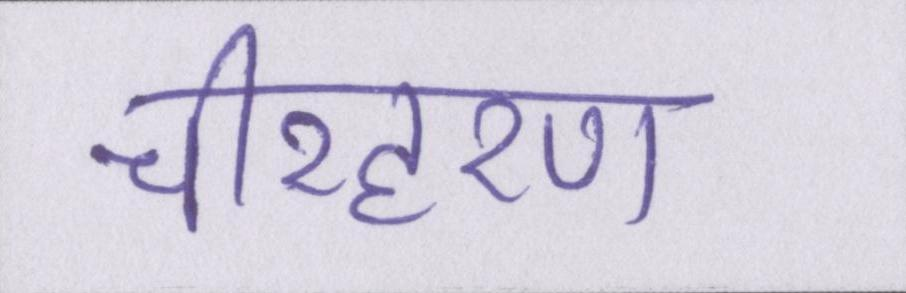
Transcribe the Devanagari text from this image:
चीरहरण